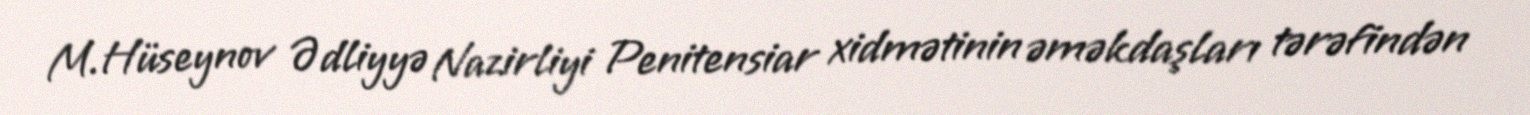
M.Hüseynov Ədliyyə Nazirliyi Penitensiar xidmətinin əməkdaşları tərəfindən